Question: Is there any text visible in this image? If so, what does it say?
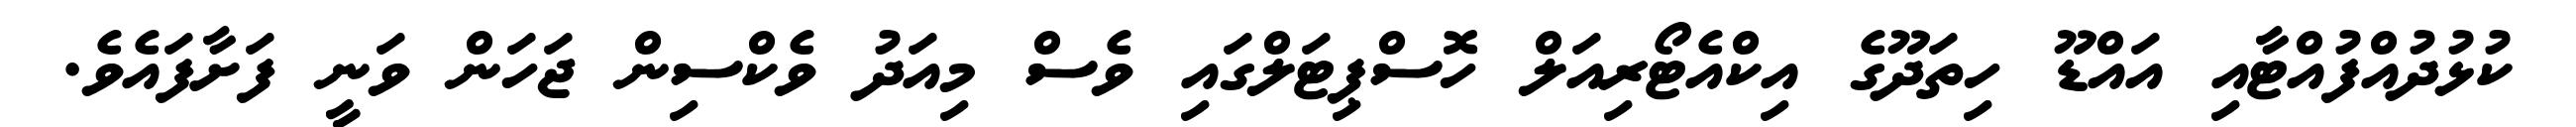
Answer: ކުޅުދުއްފުއްޓާއި އައްޑޫ ހިތަދޫގެ އިކްއެޓޯރިއަލް ހޮސްޕިޓަލްގައި ވެސް މިއަދު ވެކްސިން ޖަހަން ވަނީ ފަށާފައެވެ.